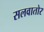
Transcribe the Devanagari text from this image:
सलवातोर